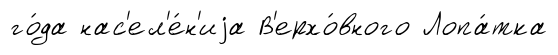
го́да нас'ел'е́н'иjа В'ерхо́вного Лопа́тка